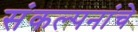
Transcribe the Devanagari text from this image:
संंकल्पनांंचे